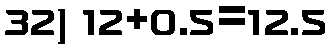
32) 12+0.5=12.5